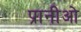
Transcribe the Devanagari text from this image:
प्रानीओ